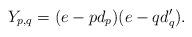
LaTeX: \begin{align*}Y_{p,q}=(e-pd_{p})(e-qd'_{q}).\end{align*}